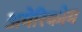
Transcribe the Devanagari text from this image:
अमेरिकोम